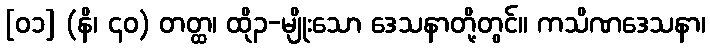
[၀၁] (နိ၊ ၄၀) တတ္ထ၊ ထို၃-မျိုးသော ဒေသနာတို့တွင်။ ကသိဏဒေသနာ၊